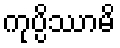
ကုပ္ပိဿာမိ